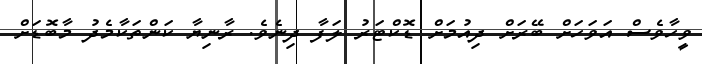
ވީހާވެސް އަވަހަށް ބޭރަށް ދިއުމަށް ޑޮކްޓަރު ލަފާ ދިނެވެ. ރާނިޔާ ކަންތަކާމެދު މާބޮޑަށް